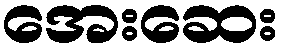
အေးဆေး